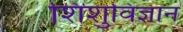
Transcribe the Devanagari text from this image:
शिशुविज्ञान